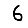
Digit: 6